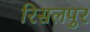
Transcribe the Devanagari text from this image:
रिसलपुर